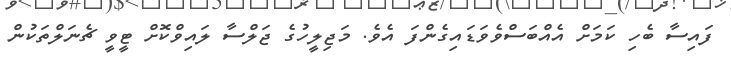
ފައިސާ ބެހި ކަމަށް އެއްބަސްވެވަޑައިގެންފަ އެވެ. މަޖިލީހުގެ ޖަލްސާ ލައިވްކޮށް ޓީވީ ޗެނަލްތަކުން